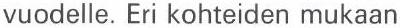
vuodelle. Eri kohteiden mukaan